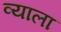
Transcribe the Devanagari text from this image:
व्याला